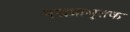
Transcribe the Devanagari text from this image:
पद्मप्राभृतक